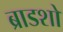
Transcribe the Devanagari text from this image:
ब्राडशो